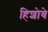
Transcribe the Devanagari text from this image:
हिशोबे